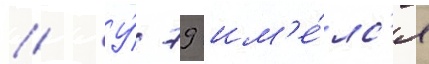
// У́ 79 им'е́лс'я